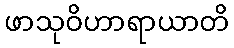
ဖာသုဝိဟာရာယာတိ